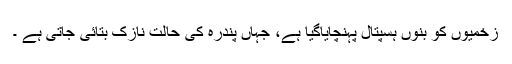
زخمیوں کو بنوں ہسپتال پہنچایاگیا ہے، جہاں پندرہ کی حالت نازک بتائی جاتی ہے ۔